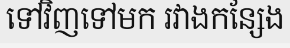
ទៅវិញទៅមក រវាងកន្សែង